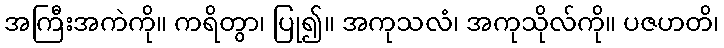
အကြီးအကဲကို။ ကရိတွာ၊ ပြု၍။ အကုသလံ၊ အကုသိုလ်ကို။ ပဇဟတိ၊